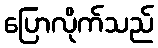
ပြောလိုက်သည်